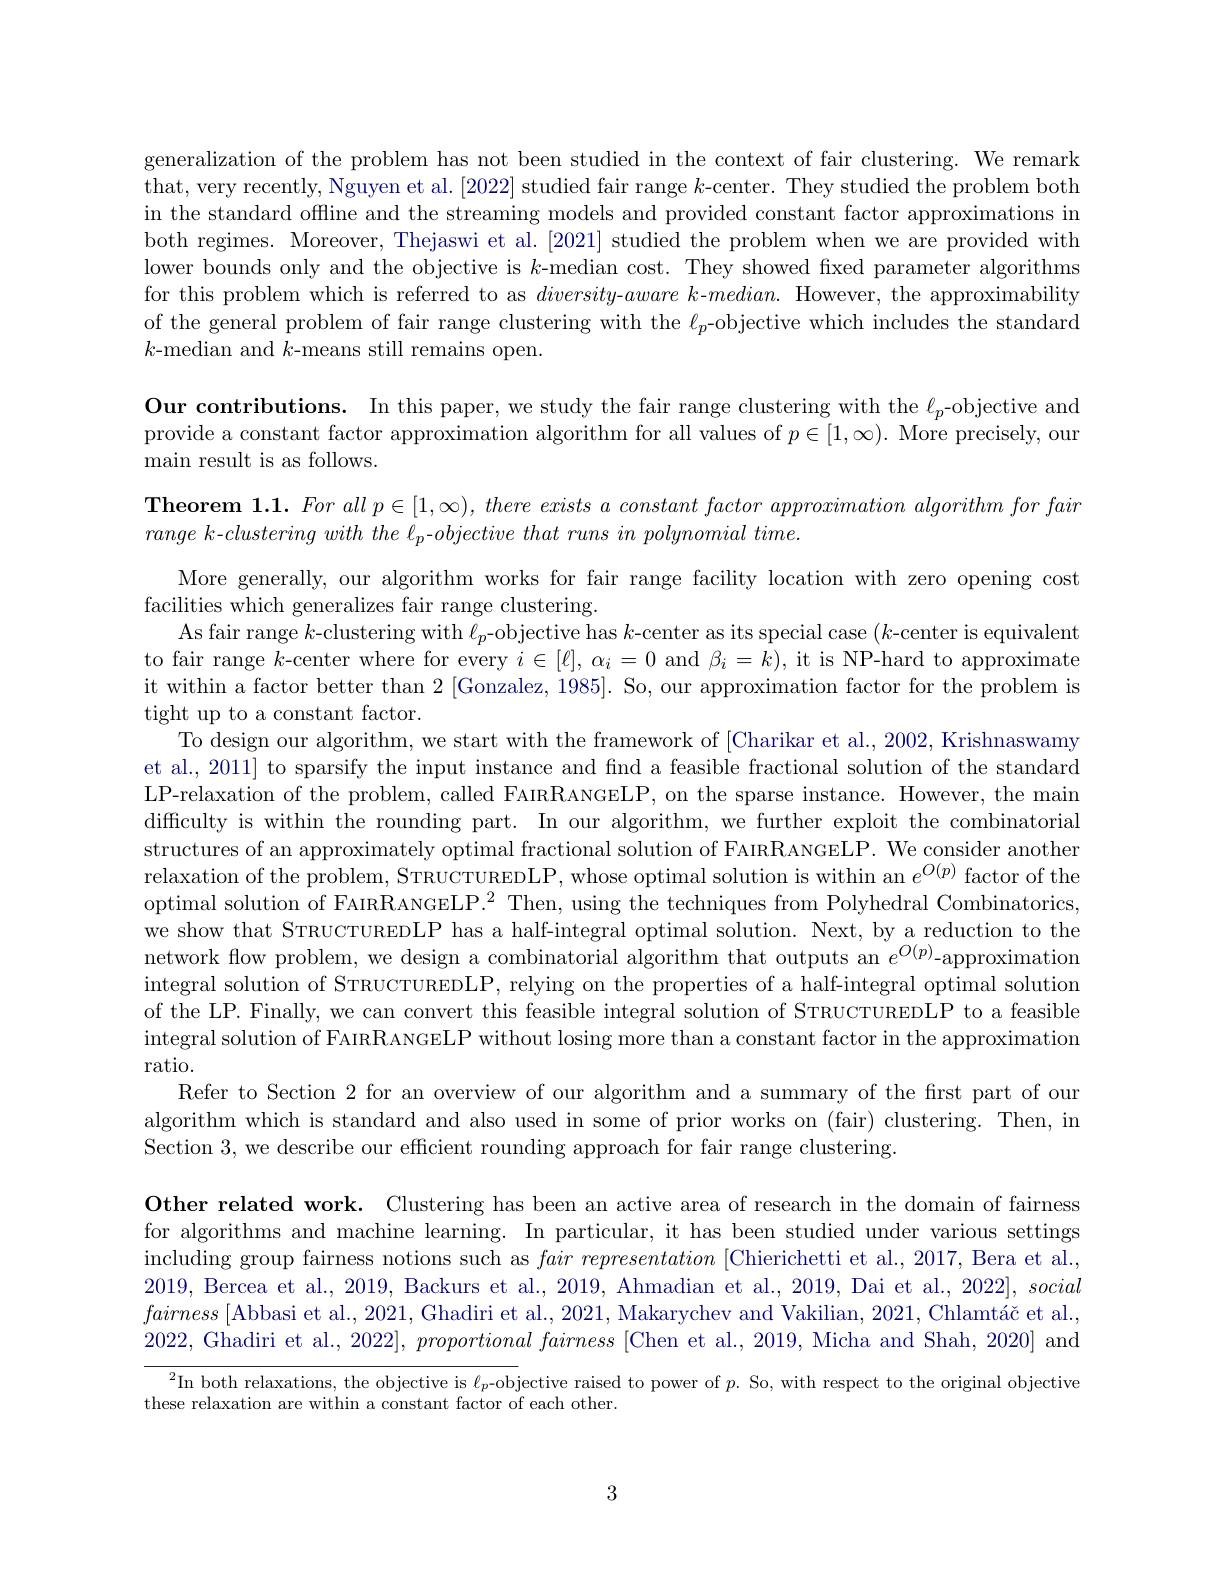
generalization of the problem has not been studied in the context of fair clustering. We remark that, very recently, Nguyen et al. [2022] studied fair range $k$-center. They studied the problem both in the standard offline and the streaming models and provided constant factor approximations in both regimes. Moreover, Thejaswi et al. [2021] studied the problem when we are provided with lower bounds only and the objective is $k$-median cost. They showed fixed parameter algorithms for this problem which is referred to as $diversity-aware$ k-$median.$ However, the approximability of the general problem of fair range clustering with the $\ell_p$-objective which includes the standard $k$-median and $k$-means still remains open.

Our contributions. In this paper, we study the fair range clustering with the $\ell_p$-objective and provide a constant factor approximation algorithm for all values of $p\in[1,\infty).$ More precisely, our $\operatorname*{main}$result is as follows.
Theorem $1. 1. Forallp\in [ 1, \infty ) , thereexists\textit{ a constant factor approximation algorithm for fair}$
$range\textit{ k- clustering with the }_p$- objective that runs in polynomial time.
More generally, our algorithm works for fair range facility location with zero opening cost
facilities which generalizes fair range clustering.
As fair range $k$-clustering with $\ell_p$-objective has $k$-center as its special case $(k$-center is equivalent to fair range $k$-center where for every $i\in[\ell],\alpha_i=0$ and $\beta_i=k)$, it is NP-hard to approximate it within a factor better than 2 [Gonzalez, 1985]. So, our approximation factor for the problem is tight up to a constant factor.
To design our algorithm, we start with the framework of [Charikar et al., 2002, Krishnaswamy et al., 2011] to sparsify the input instance and find a feasible fractional solution of the standard LP-relaxation of the problem, called FAIRRANGELP, on the sparse instance. However, the main difficulty is within the rounding part. In our algorithm, we further exploit the combinatorial structures of an approximately optimal fractional solution of FAIRRANGELP. We consider another relaxation of the problem, STRUCTUREDLP, whose optimal solution is within an $e^{O(p)}$ factor of the optimal solution of FAIRRANGELP.$^2$ Then, using the techniques from Polyhedral Combinatorics, we show that STRUCTUREDLP has a half-integral optimal solution. Next, by a reduction to the network flow problem, we design a combinatorial algorithm that outputs an $e^{O(p)}$-approximation integral solution of STRUCTUREDLP, relying on the properties of a half-integral optimal solution of the LP. Finally, we can convert this feasible integral solution of STRUCTUREDLP to a feasible integral solution of FAIRRANGELP without losing more than a constant factor in the approximation ratio.
Refer to Section 2 for an overview of our algorithm and a summary of the first part of our algorithm which is standard and also used in some of prior works on (fair) clustering. Then, in Section 3, we describe our efficient rounding approach for fair range clustering.
Other related work. Clustering has been an active area of research in the domain of fairness for algorithms and machine learning. In particular, it has been studied under various settings including group fairness notions such as $fair\textit{ representation [ Chierichetti et al. , 2017, Bera et al. , }$ 2019, Bercea et al., 2019, Backurs et al., 2019, Ahmadian et al., 2019, Dai et al., 2022], social $fairness\left[\text{Abbasi et al}..,2021,\text{Ghadiri et al}.,2021,\text{Makarychev and Vakilian, 2021},\text{Chlamt\'{a}\v{c}etal}.,\right]$ 2022, Ghadiri et al., $2022] , \textit{ proportional fairness [ Chen et al. , 2019, Micha and Shah, 2020] and}$
$^2$In both relaxations, the objective is $\ell_p$-objective raised to power of $p.$ So, with respect to the original objective
these relaxation are within a constant factor of each other.

3